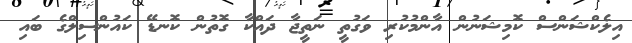
އިލެކްޝަންސް ކޮމިޝަނުން އާންމުކުރި ވަގުތީ ނަތީޖާ ދައްކާ ގޮތުން ކޮނޑޭ ކައުންސިލްގެ ބައި